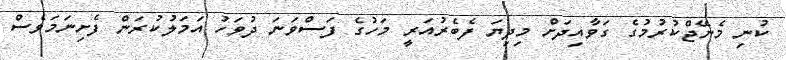
ކުނި މެނޭޖްކުރުމުގެ ގަވާއިދަށް މިދިޔަ ފެބެރުއަރީ މަހުގެ ފަސްވަނަ ދުވަހު އަމަލުކުރަން ފެށިނަމަވެސް